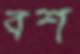
বশ